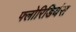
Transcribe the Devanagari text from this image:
फ्लोरिडियंस